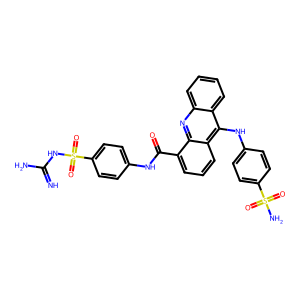
SMILES: N=C(N)NS(=O)(=O)c1ccc(NC(=O)c2cccc3c(Nc4ccc(S(N)(=O)=O)cc4)c4ccccc4nc23)cc1
Inhibits HIV replication: No